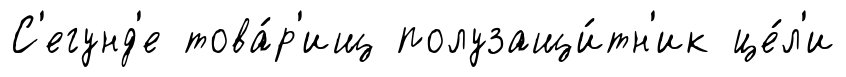
С'егунд'е това́р'ищ полузащи́тн'ик це́л'и